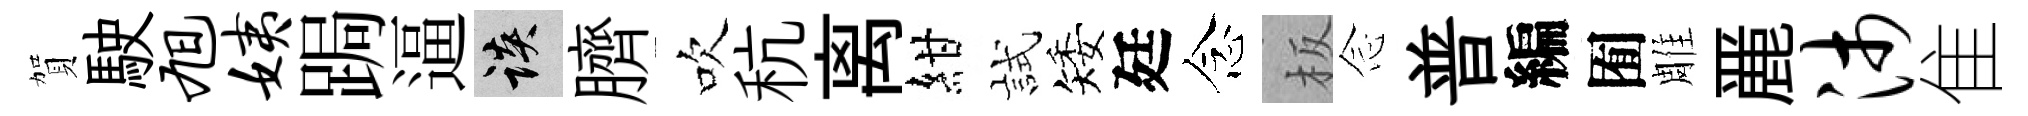
賀駛旭姨跼逼談臍吹秔离紺試矮廷念板𫝹普編囿雕䴡沛隹